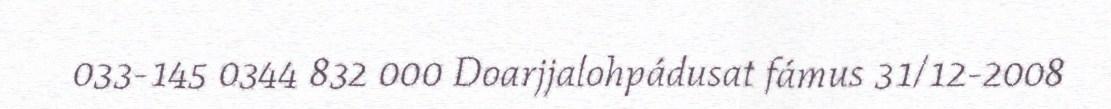
033-145 0344 832 000 Doarjjalohpádusat fámus 31/12-2008